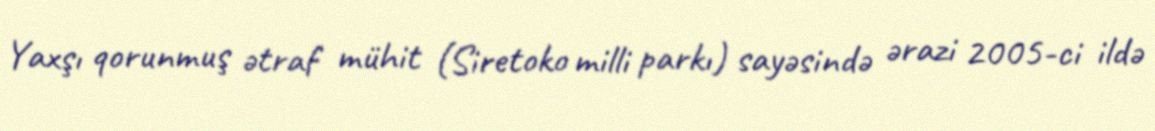
Yaxşı qorunmuş ətraf mühit (Siretoko milli parkı) sayəsində ərazi 2005-ci ildə